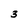
Character: 3